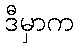
ဒီမှာက